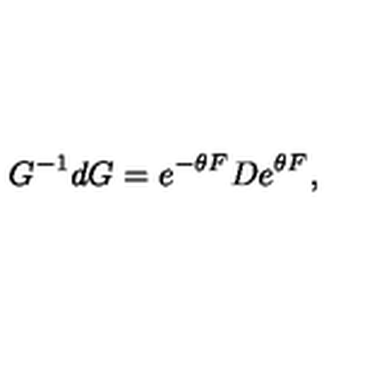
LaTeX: G ^ { - 1 } d G = e ^ { - \theta F } D e ^ { \theta F } ,